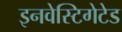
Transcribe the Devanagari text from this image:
इनवेस्टिगेटेड